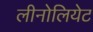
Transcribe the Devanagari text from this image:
लीनोलियेट